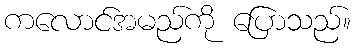
ကလောင်အမည်ကို ပြောသည်။